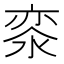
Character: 𣷖